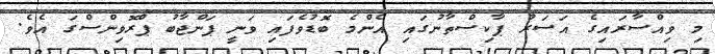
މި ވިއްސާރައިގެ އަސަރު ޕާކިސްތާނުގައި އެންމެ ބޮޑުވެފައި ވަނީ ޕަންޖާބު ޕްރޮވިންސްގަ އެވެ.